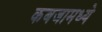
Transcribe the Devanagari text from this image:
कबजामध्ये